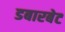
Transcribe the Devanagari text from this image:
डबारबेट